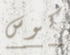
كوس